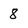
Character: 8